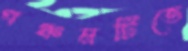
পঞ্চমটিতে